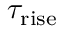
\tau _ { \mathrm { r i s e } }